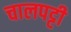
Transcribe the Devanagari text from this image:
चालपट्टी